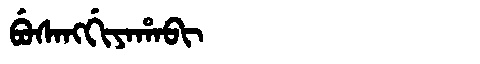
Manchu: ᠪᡠᠰᠠᠩᡤᡳᠶᠠᡥᠠᠪᡳ
Romanization: BUSANGGIYAHABI